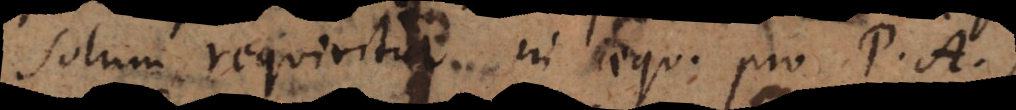
solum requiritur in aequ. pro P. A.